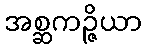
အစ္ဆကဉ္ဇိယာ